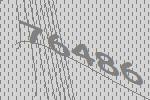
76486